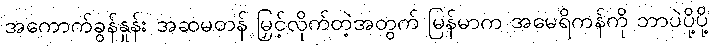
အကောက်ခွန်နှုန်း အဆမတန် မြှင့်လိုက်တဲ့အတွက် မြန်မာက အမေရိကန်ကို ဘာပဲပို့ပို့